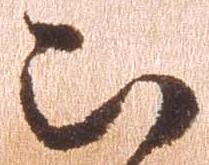
被